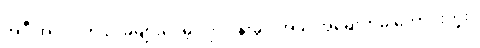
အဲဒီ အလုပ်က လခများပေမဲ့ လုပ်ငန်းခွင် အခွင့်အရေးကမ ကောင်းဘူး။